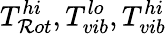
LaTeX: T_{\mathcal{R}ot}^{hi},T_{vib}^{lo},T_{vib}^{hi}